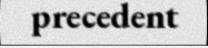
precedent